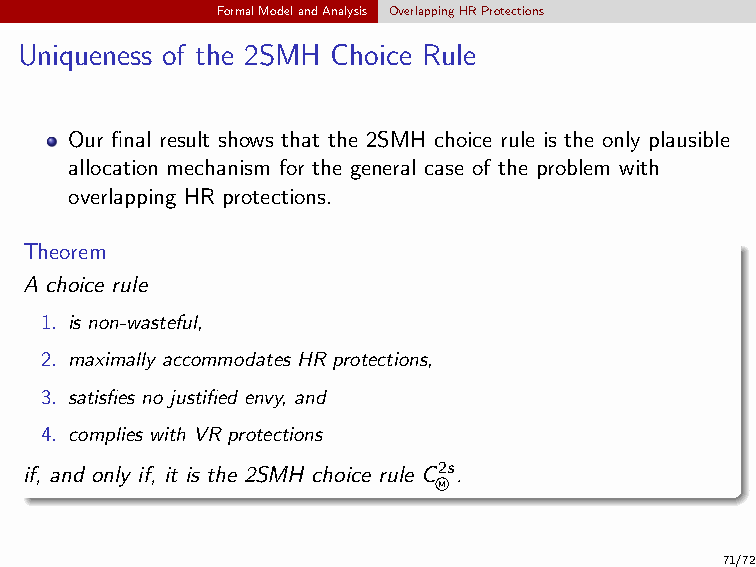
FormalModelandAnalysis OverlappingHRProtections
 Uniqueness of the 2SMH Choice Rule
 Our final result shows that the 2SMH choice rule is the only plausible
 allocation mechanism for the general case of the problem with
 overlapping HR protections.
 Theorem
 A choice rule
 1. is non-wasteful,
 2. maximally accommodates HR protections,
 3. satisfies no justified envy, and
 4. complies with VR protections
 if, and only if, it is the 2SMH choice rule C2s.
 M
 71/72